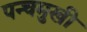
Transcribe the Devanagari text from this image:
पन्चमुखी